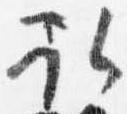
取